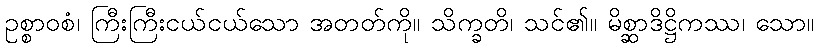
ဥစ္စာဝစံ၊ ကြီးကြီးငယ်ငယ်သော အတတ်ကို။ သိက္ခတိ၊ သင်၏။ မိစ္ဆာဒိဋ္ဌိကဿ၊ သော။